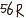
Text: 56R